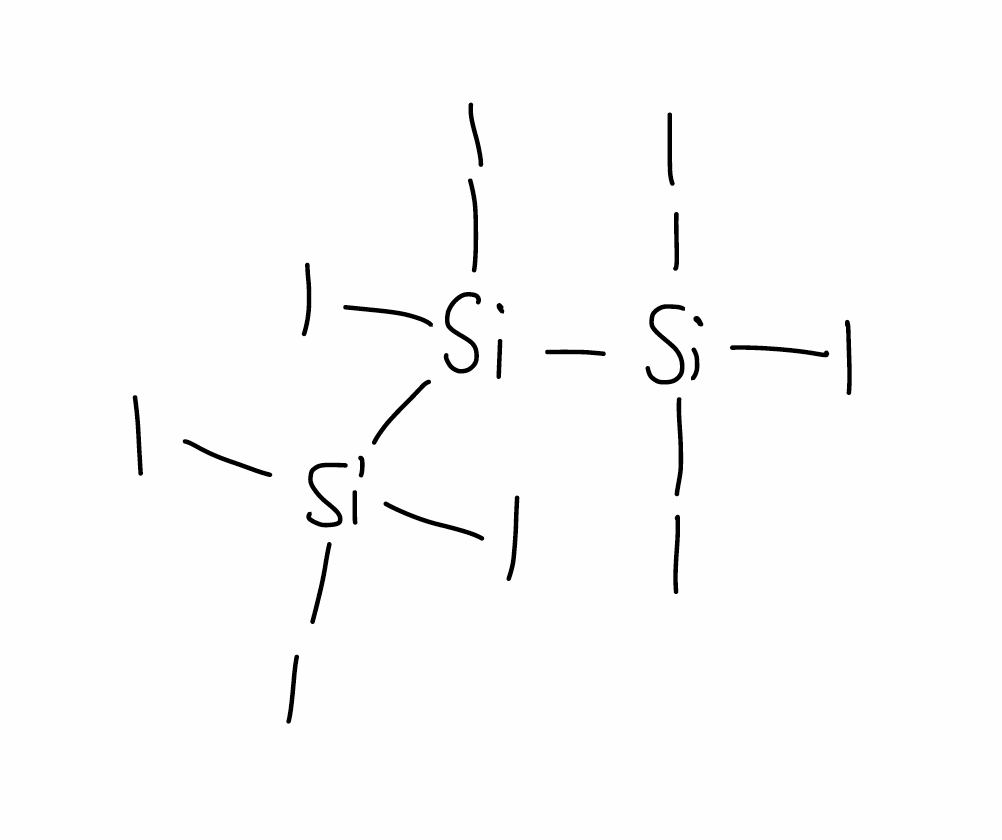
Simplified molecular-input line-entry system (SMILES) notation of the given molecule:
[Si]([Si](I)(I)I)([Si](I)(I)I)(I)I